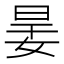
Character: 𡝎